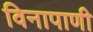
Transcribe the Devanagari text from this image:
विनापाणी